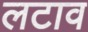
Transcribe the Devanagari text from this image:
लटाव